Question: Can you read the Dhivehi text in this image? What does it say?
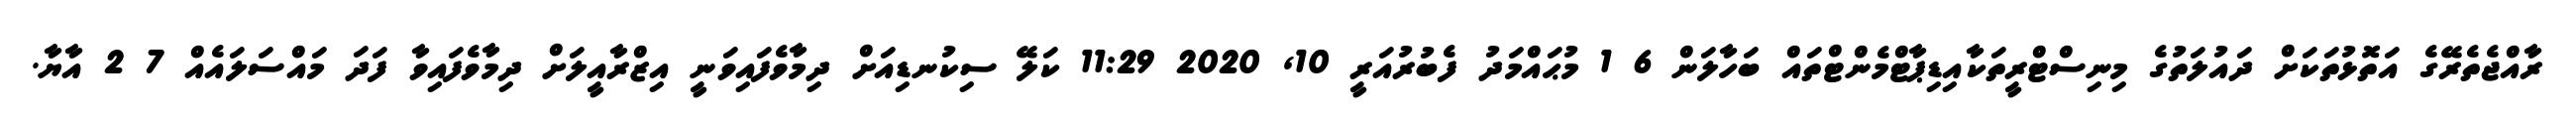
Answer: ރާއްޖެތެރޭގެ އަތޮޅުތަކަށް ދައުލަތުގެ މިނިސްޓްރީތަކާއިޑިޕާޓްމެންޓްތައް ބަހާލަން 6 1 މުޙައްމަދު ފެބުރުއަރީ 10, 2020 11:29 ކަލޭ ސިކުނޑިއަށް ދިމާވެފައިވަނީ އިޒްރާއީލަށް ދިމާވެފައިވާ ފަދަ މައްސަލައެއް 7 2 އާޔާ.